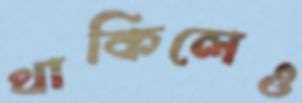
থাকিলেও